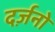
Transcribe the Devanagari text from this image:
दर्ज़नो